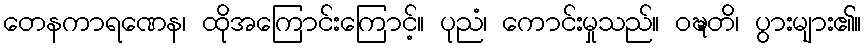
တေနကာရဏေန၊ ထိုအကြောင်းကြောင့်။ ပုညံ၊ ကောင်းမှုသည်။ ဝဍ္ဎတိ၊ ပွားများ၏။